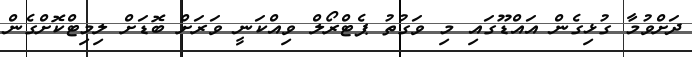
ދަށްވުމާ ގުޅިގެން އައްޑޫގައި މި ވަގުތު ޕެޓްރޯލް ވިއްކަނީ ވަރަށް ބޮޑަށް ލިމިޓްކޮށްގެން